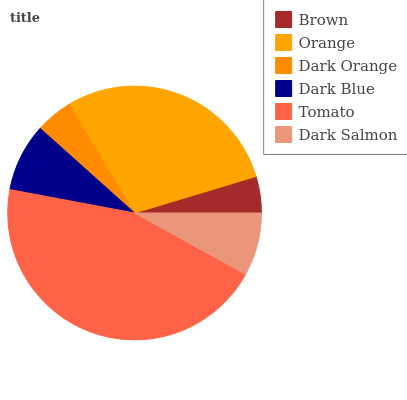
| Brown | Orange | Dark Orange | Dark Blue | Tomato | Dark Salmon |
 | --- | --- | --- | --- | --- | --- |
 | 4.65% | 29% | 4.73% | 8.68% | 44.9% | 8.03% |